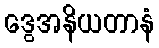
ဒွေအနိယတာနံ